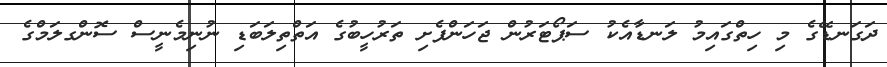
ދަގަނޑޭގެ މި ހިތްގައިމު ލަނޑާއެކު ސަޕޯޓަރުން ޖަހަންފެށި ތަރުހީބުގެ އަތްތިލަބަޑި ނުނިމެނީސް ސޮންގލަމްގެ